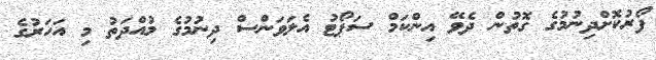
ފޯރުކޮށްދިނުމުގެ ގޮތުން ދެވޭ އިންކަމް ސަޕޯޓު އެލަވަންސް ދިނުމުގެ މުއްދަތު މި އަހަރުގެ